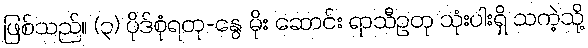
ဖြစ်သည်။ (၃) ပိုဒ်စုံရတု-နွေ မိုး ဆောင်း ရာသီဥတု သုံးပါးရှိ သကဲ့သို့